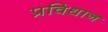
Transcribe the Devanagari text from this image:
प्रविधान